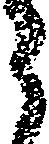
郎